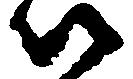
以